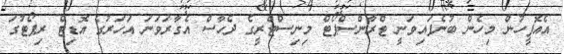
އެއޮފީހުން މިހެން ބުނެފައިވަނީ ޓްރާންސްޕޯޓް މިނިސްޓްރީގެ ދެހާސް އެގާރަވަނަ އަހަރުގެ އޮޑިޓް ރިޕޯޓުގަ